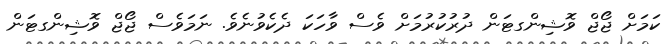
ކަމަށް ޖޯޖް ވޮޝިންގޓަން ދުރުކުރުމަށް ވެސް ވާހަކަ ދެކެވުނެވެ. ނަމަވެސް ޖޯޖް ވޮޝިންގޓަން